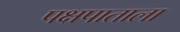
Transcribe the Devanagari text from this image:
पक्षपाताला